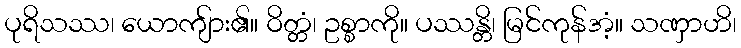
ပုရိသဿ၊ ယောကျ်ား၏။ ဝိတ္တံ၊ ဥစ္စာကို။ ပဿန္တိ၊ မြင်ကုန်အံ့။ သဏှာဟိ၊